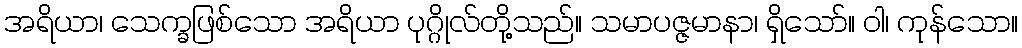
အရိယာ၊ သေက္ခဖြစ်သော အရိယာ ပုဂ္ဂိုလ်တို့သည်။ သမာပဇ္ဇမာနာ၊ ရှိသော်။ ဝါ၊ ကုန်သော။